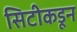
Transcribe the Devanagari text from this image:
सिटीकडून